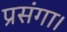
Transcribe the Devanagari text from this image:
प्रसंगा।